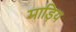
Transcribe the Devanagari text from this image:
माड़िय